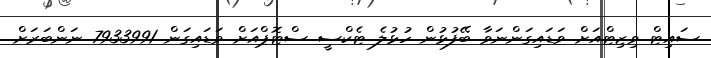
ސައިޓް ވިޒިޓްއަށް ވަޑައިގަންނަވާ ބޭފުޅުން ހުޅުލެ ޓެކްސީ ސްޓޮޕްއަށް ވަޑައިގަން 7933991 ނަންބަރަށް